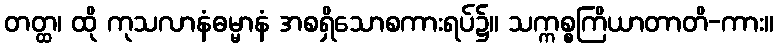
တတ္ထ၊ ထို ကုသလာနံဓမ္မာနံ အစရှိသောစကားရပ်၌။ သက္ကစ္စကြိယာတာတိ-ကား။